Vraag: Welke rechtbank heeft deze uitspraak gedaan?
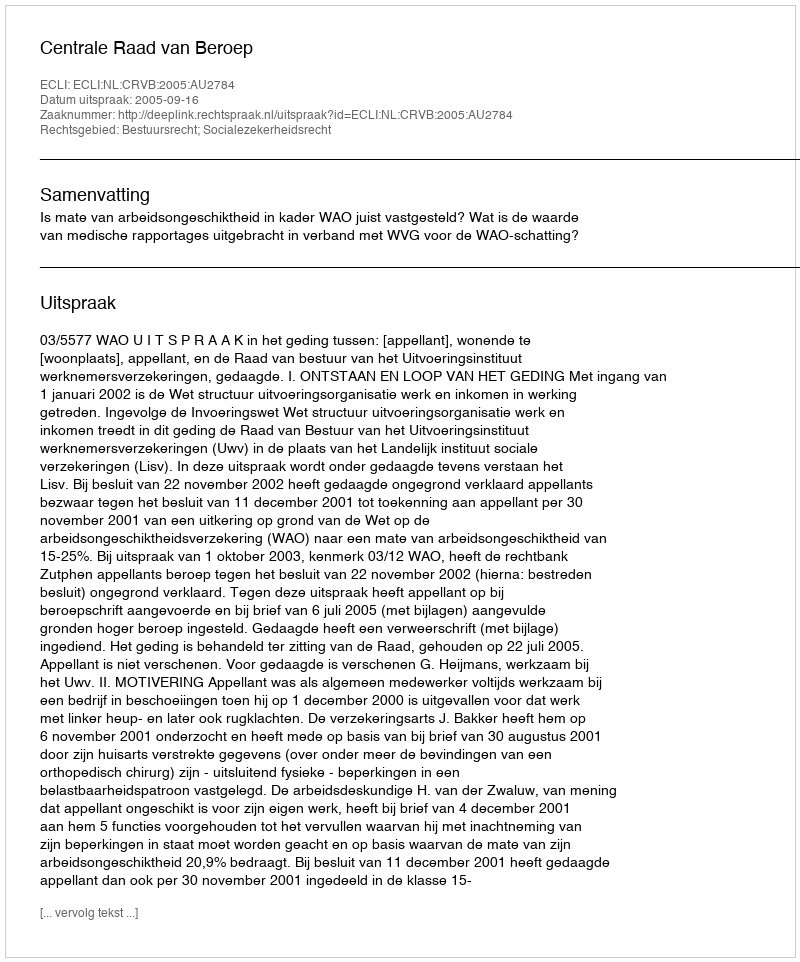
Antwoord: Centrale Raad van Beroep